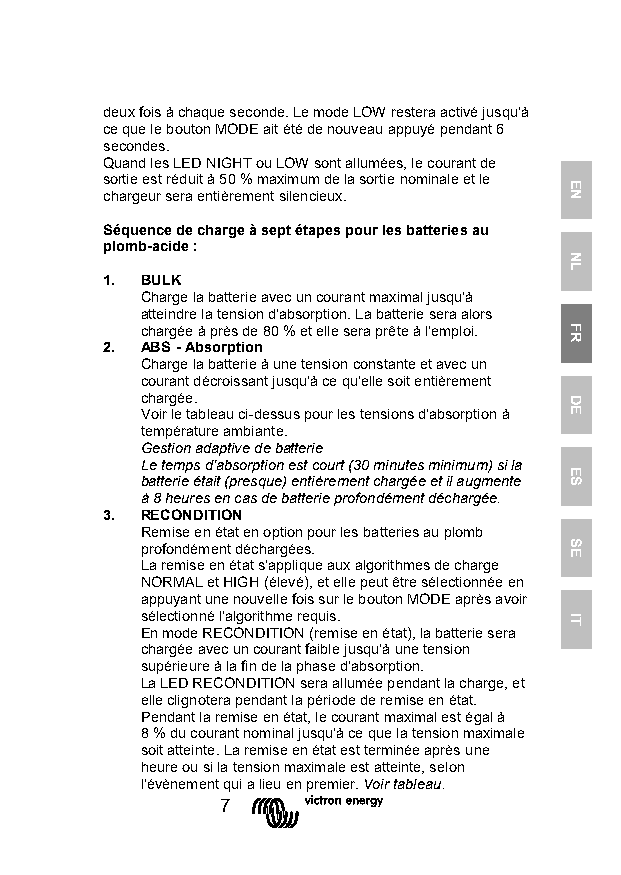
deux fois à chaque seconde. Le mode LOW restera activé jusqu'à
 ce que le bouton MODE ait été de nouveau appuyé pendant 6
 secondes.
 Quand les LED NIGHT ou LOW sont allumées, le courant de
 sortie est réduit à 50 % maximum de la sortie nominale et le
 chargeur sera entièrement silencieux.
 Séquence de charge à sept étapes pour les batteries au
 plomb-acide :
 1. BULK
 Charge la batterie avec un courant maximal jusqu'à
 atteindre la tension d'absorption. La batterie sera alors
 chargée à près de 80 % et elle sera prête à l'emploi.
 2. ABS - Absorption
 Charge la batterie à une tension constante et avec un
 courant décroissant jusqu'à ce qu'elle soit entièrement
 chargée.
 Voir le tableau ci-dessus pour les tensions d'absorption à
 température ambiante.
 Gestion adaptive de batterie
 Le temps d'absorption est court (30 minutes minimum) si la
 batterie était (presque) entièrement chargée et il augmente
 à 8 heures en cas de batterie profondément déchargée.
 3. RECONDITION
 Remise en état en option pour les batteries au plomb
 profondément déchargées.
 La remise en état s'applique aux algorithmes de charge
 NORMAL et HIGH (élevé), et elle peut être sélectionnée en
 appuyant une nouvelle fois sur le bouton MODE après avoir
 sélectionné l'algorithme requis.
 En mode RECONDITION (remise en état), la batterie sera
 chargée avec un courant faible jusqu'à une tension
 supérieure à la fin de la phase d'absorption.
 La LED RECONDITION sera allumée pendant la charge, et
 elle clignotera pendant la période de remise en état.
 Pendant la remise en état, le courant maximal est égal à
 8 % du courant nominal jusqu'à ce que la tension maximale
 soit atteinte. La remise en état est terminée après une
 heure ou si la tension maximale est atteinte, selon
 l'évènement qui a lieu en premier. Voir tableau.
 7
 EN
 NL
 FR
 DE
 ES
 SE
 IT